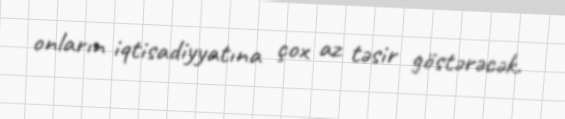
onların iqtisadiyyatına çox az təsir göstərəcək.